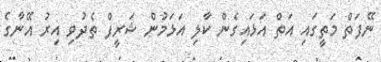
ނޭފަތް މަތީގައި އަތް އަޅައިގެން ކާލި އަޅަމުން ޝަރީފް ތެދުވި އިރު އޭނާގެ